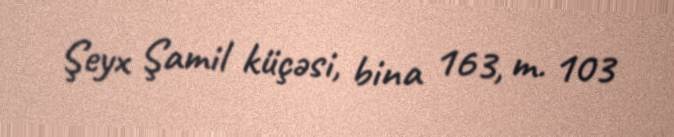
Şeyx Şamil küçəsi, bina 163, m. 103